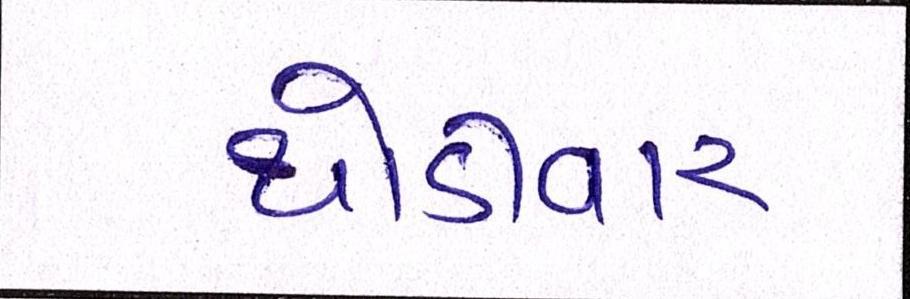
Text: થોડીવાર